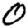
Digit: 0